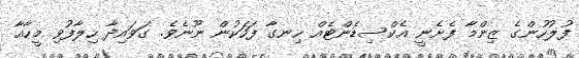
ފުލުުހުންގެ ޒިންމާ ފެށެނީ އެކްސިޑެންޓެއް ހިނގާ ފަހަކުން ނޫނެވެ. ގަވައިދާ ހިލާފުވި މީހާއާ